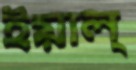
ইয়াল্